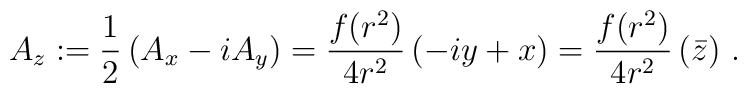
A_z := \frac{1}{2} \left( A_x - i A_y \right)= \frac{f(r^2)}{4 r^2} \left( - i y + x \right)= \frac{f(r^2)}{4 r^2} \left( \bar z \right) \, .